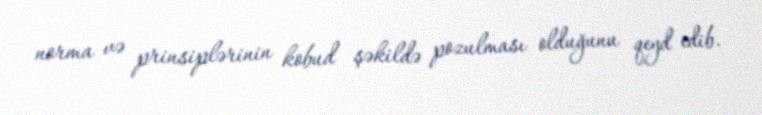
norma və prinsiplərinin kobud şəkildə pozulması olduğunu qeyd edib.